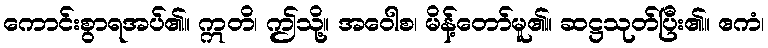
ကောင်းစွာရအပ်၏။ ဣတိ၊ ဤသို့။ အဝေါစ၊ မိန့်တော်မူ၏။ ဆဋ္ဌသုတ်ပြီး၏။ ဧကံ၊